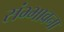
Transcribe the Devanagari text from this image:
संभ्भावना